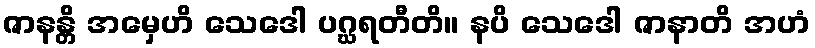
ဇာနန္တိ အမှေဟိ သေဒေါ ပဂ္ဃရတီတိ။ နပိ သေဒေါ ဇာနာတိ အဟံ